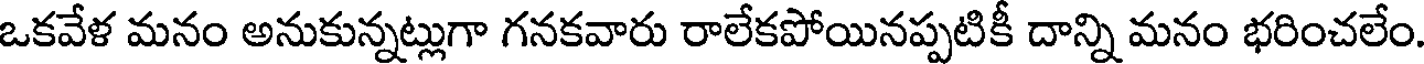
ఒకవేళ మనం అనుకున్నట్లుగా గనకవారు రాలేకపోయినప్పటికీ దాన్ని మనం భరించలేం